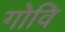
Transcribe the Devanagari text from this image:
गोवि